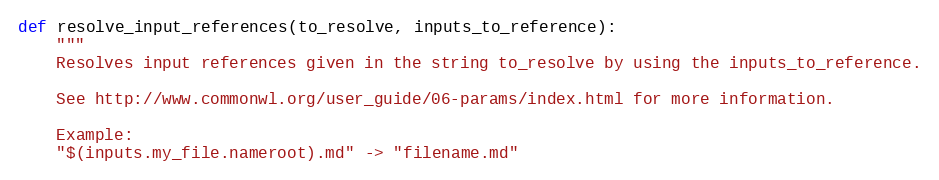
Language: Python
def resolve_input_references(to_resolve, inputs_to_reference):
    """
    Resolves input references given in the string to_resolve by using the inputs_to_reference.

    See http://www.commonwl.org/user_guide/06-params/index.html for more information.

    Example:
    "$(inputs.my_file.nameroot).md" -> "filename.md"